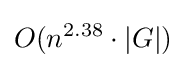
O(n^{2.38}\cdot |G|)